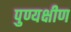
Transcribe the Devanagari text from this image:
पुण्यक्षीण